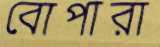
বোপারা